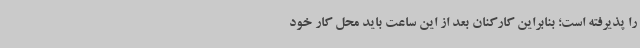
را پذیرفته است؛ بنابراین کارکنان بعد از این ساعت باید محل کار خود